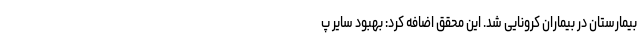
بیمارستان در بیماران کرونایی شد. این محقق اضافه کرد: بهبود سایر پ